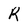
Character: R